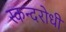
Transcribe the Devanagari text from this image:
स्कन्दरोधी